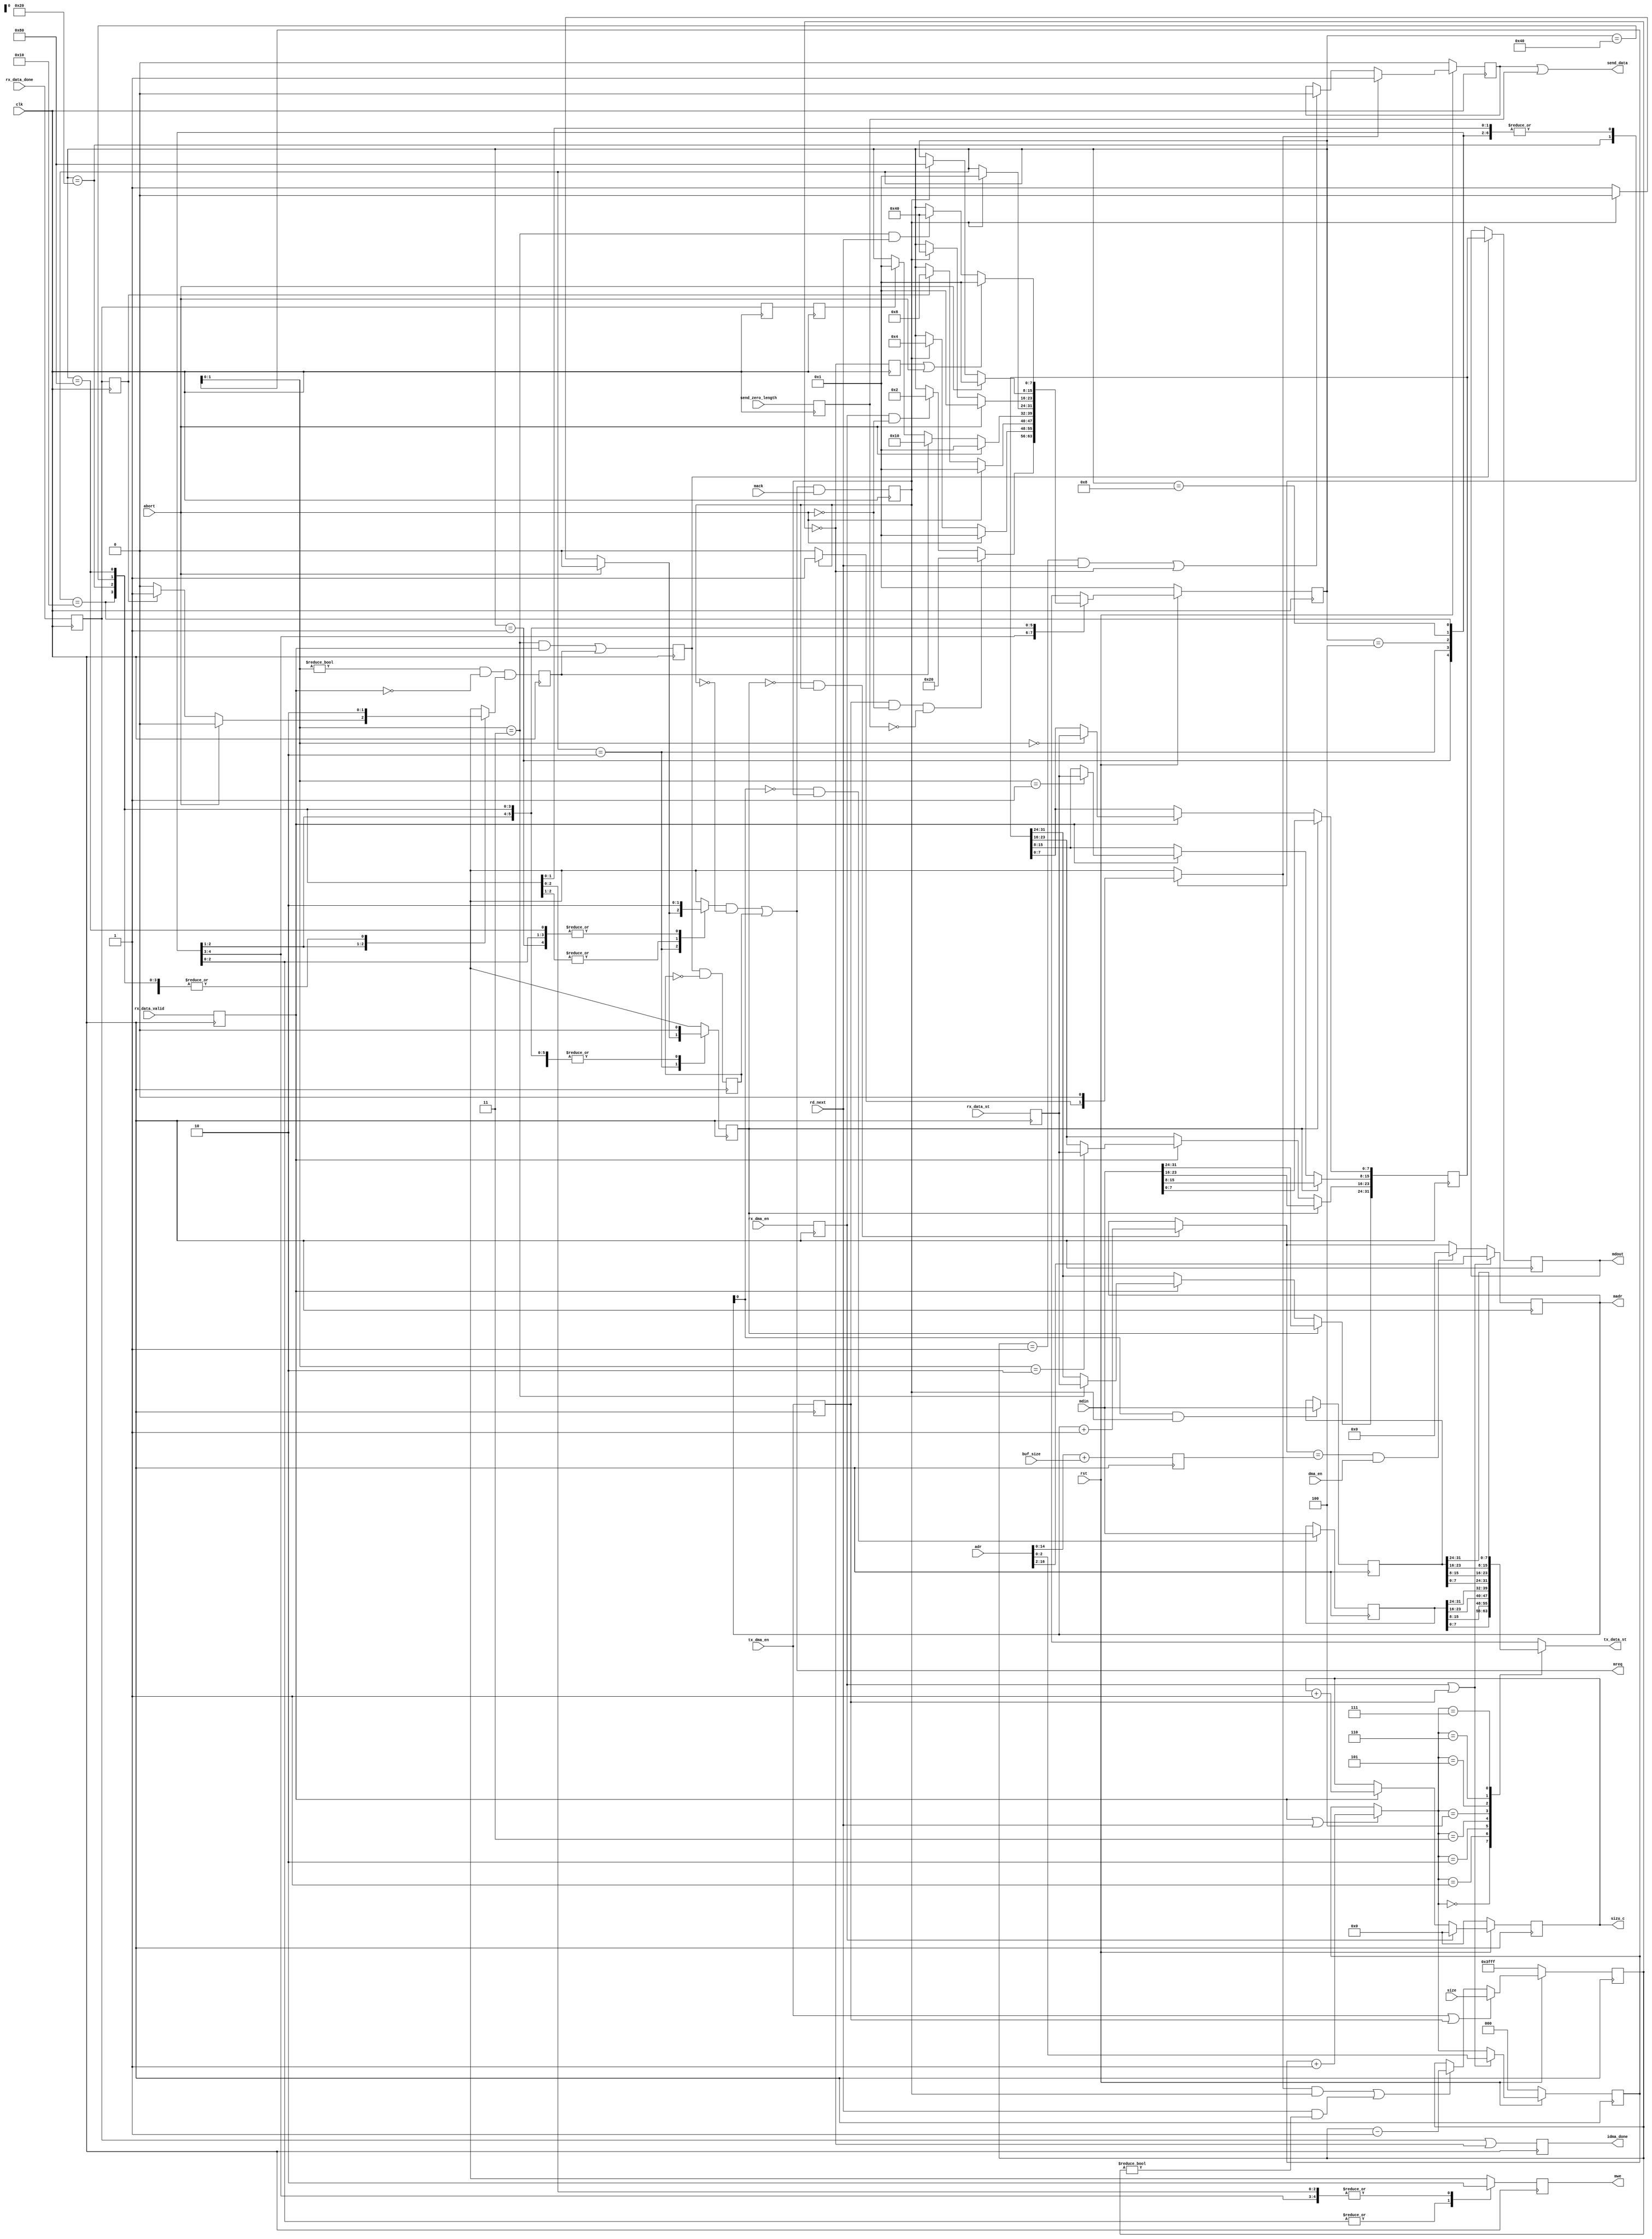
/////////////////////////////////////////////////////////////////////
////                                                             ////
////  Internal DMA Engine                                        ////
////                                                             ////
////                                                             ////
////          rudi@asics.ws                                      ////
////                                                             ////
////                                                             ////
////  Downloaded from: http://www.opencores.org/cores/usb/       ////
////                                                             ////
/////////////////////////////////////////////////////////////////////
////                                                             ////
//// Copyright (C) 2000-2003 Rudolf Usselmann                    ////
////                         www.asics.ws                        ////
////                         rudi@asics.ws                       ////
////                                                             ////
//// This source file may be used and distributed without        ////
//// restriction provided that this copyright statement is not   ////
//// removed from the file and that any derivative work contains ////
//// the original copyright notice and the associated disclaimer.////
////                                                             ////
////     THIS SOFTWARE IS PROVIDED ``AS IS'' AND WITHOUT ANY     ////
//// EXPRESS OR IMPLIED WARRANTIES, INCLUDING, BUT NOT LIMITED   ////
//// TO, THE IMPLIED WARRANTIES OF MERCHANTABILITY AND FITNESS   ////
//// FOR A PARTICULAR PURPOSE. IN NO EVENT SHALL THE AUTHOR      ////
//// OR CONTRIBUTORS BE LIABLE FOR ANY DIRECT, INDIRECT,         ////
//// INCIDENTAL, SPECIAL, EXEMPLARY, OR CONSEQUENTIAL DAMAGES    ////
//// (INCLUDING, BUT NOT LIMITED TO, PROCUREMENT OF SUBSTITUTE   ////
//// GOODS OR SERVICES; LOSS OF USE, DATA, OR PROFITS; OR        ////
//// BUSINESS INTERRUPTION) HOWEVER CAUSED AND ON ANY THEORY OF  ////
//// LIABILITY, WHETHER IN  CONTRACT, STRICT LIABILITY, OR TORT  ////
//// (INCLUDING NEGLIGENCE OR OTHERWISE) ARISING IN ANY WAY OUT  ////
//// OF THE USE OF THIS SOFTWARE, EVEN IF ADVISED OF THE         ////
//// POSSIBILITY OF SUCH DAMAGE.                                 ////
////                                                             ////
/////////////////////////////////////////////////////////////////////

//  CVS Log
//
//  $Id: usbf_idma.v,v 1.8 2003-10-17 02:36:57 rudi Exp $
//
//  $Date: 2003-10-17 02:36:57 $
//  $Revision: 1.8 $
//  $Author: rudi $
//  $Locker:  $
//  $State: Exp $
//
// Change History:
//               $Log: not supported by cvs2svn $
//               Revision 1.7  2001/11/04 12:22:45  rudi
//
//               - Fixed previous fix (brocke something else ...)
//               - Majore Synthesis cleanup
//
//               Revision 1.6  2001/11/03 03:26:22  rudi
//
//               - Fixed several interrupt and error condition reporting bugs
//
//               Revision 1.5  2001/09/24 01:15:28  rudi
//
//               Changed reset to be active high async.
//
//               Revision 1.4  2001/09/23 08:39:33  rudi
//
//               Renamed DEBUG and VERBOSE_DEBUG to USBF_DEBUG and USBF_VERBOSE_DEBUG ...
//
//               Revision 1.3  2001/09/19 14:38:57  rudi
//
//               Fixed TxValid handling bug.
//
//               Revision 1.2  2001/09/13 13:14:02  rudi
//
//               Fixed a problem that would sometimes prevent the core to come out of
//               reset and immediately be operational ...
//
//               Revision 1.1  2001/08/03 05:30:09  rudi
//
//
//               1) Reorganized directory structure
//
//               Revision 1.2  2001/03/31 13:00:51  rudi
//
//               - Added Core configuration
//               - Added handling of OUT packets less than MAX_PL_SZ in DMA mode
//               - Modified WISHBONE interface and sync logic
//               - Moved SSRAM outside the core (added interface)
//               - Many small bug fixes ...
//
//               Revision 1.0  2001/03/07 09:17:12  rudi
//
//
//               Changed all revisions to revision 1.0. This is because OpenCores CVS
//               interface could not handle the original '0.1' revision ....
//
//               Revision 0.1.0.1  2001/02/28 08:10:50  rudi
//               Initial Release
//
//                            

// `include "usbf_defines.v"


/////////////////////////////////////////////////////////////////////
////                                                             ////
////  USB function defines file                                  ////
////                                                             ////
////                                                             ////
////          rudi@asics.ws                                      ////
////                                                             ////
////                                                             ////
////  Downloaded from: http://www.opencores.org/cores/usb/       ////
////                                                             ////
/////////////////////////////////////////////////////////////////////
////                                                             ////
//// Copyright (C) 2000-2003 Rudolf Usselmann                    ////
////                         www.asics.ws                        ////
////                         rudi@asics.ws                       ////
////                                                             ////
//// This source file may be used and distributed without        ////
//// restriction provided that this copyright statement is not   ////
//// removed from the file and that any derivative work contains ////
//// the original copyright notice and the associated disclaimer.////
////                                                             ////
////     THIS SOFTWARE IS PROVIDED ``AS IS'' AND WITHOUT ANY     ////
//// EXPRESS OR IMPLIED WARRANTIES, INCLUDING, BUT NOT LIMITED   ////
//// TO, THE IMPLIED WARRANTIES OF MERCHANTABILITY AND FITNESS   ////
//// FOR A PARTICULAR PURPOSE. IN NO EVENT SHALL THE AUTHOR      ////
//// OR CONTRIBUTORS BE LIABLE FOR ANY DIRECT, INDIRECT,         ////
//// INCIDENTAL, SPECIAL, EXEMPLARY, OR CONSEQUENTIAL DAMAGES    ////
//// (INCLUDING, BUT NOT LIMITED TO, PROCUREMENT OF SUBSTITUTE   ////
//// GOODS OR SERVICES; LOSS OF USE, DATA, OR PROFITS; OR        ////
//// BUSINESS INTERRUPTION) HOWEVER CAUSED AND ON ANY THEORY OF  ////
//// LIABILITY, WHETHER IN  CONTRACT, STRICT LIABILITY, OR TORT  ////
//// (INCLUDING NEGLIGENCE OR OTHERWISE) ARISING IN ANY WAY OUT  ////
//// OF THE USE OF THIS SOFTWARE, EVEN IF ADVISED OF THE         ////
//// POSSIBILITY OF SUCH DAMAGE.                                 ////
////                                                             ////
/////////////////////////////////////////////////////////////////////

//  CVS Log
//
//  $Id: usbf_defines.v,v 1.6 2003-10-17 02:36:57 rudi Exp $
//
//  $Date: 2003-10-17 02:36:57 $
//  $Revision: 1.6 $
//  $Author: rudi $
//  $Locker:  $
//  $State: Exp $
//
// Change History:
//               $Log: not supported by cvs2svn $
//               Revision 1.5  2001/11/04 12:22:43  rudi
//
//               - Fixed previous fix (brocke something else ...)
//               - Majore Synthesis cleanup
//
//               Revision 1.4  2001/09/23 08:39:33  rudi
//
//               Renamed DEBUG and VERBOSE_DEBUG to USBF_DEBUG and USBF_VERBOSE_DEBUG ...
//
//               Revision 1.3  2001/09/13 13:14:02  rudi
//
//               Fixed a problem that would sometimes prevent the core to come out of
//               reset and immediately be operational ...
//
//               Revision 1.2  2001/08/10 08:48:33  rudi
//
//               - Changed IO names to be more clear.
//               - Uniquifyed define names to be core specific.
//
//               Revision 1.1  2001/08/03 05:30:09  rudi
//
//
//               1) Reorganized directory structure
//
//               Revision 1.2  2001/03/31 13:00:52  rudi
//
//               - Added Core configuration
//               - Added handling of OUT packets less than MAX_PL_SZ in DMA mode
//               - Modified WISHBONE interface and sync logic
//               - Moved SSRAM outside the core (added interface)
//               - Many small bug fixes ...
//
//               Revision 1.0  2001/03/07 09:17:12  rudi
//
//
//               Changed all revisions to revision 1.0. This is because OpenCores CVS
//               interface could not handle the original '0.1' revision ....
//
//               Revision 0.2  2001/03/07 09:08:13  rudi
//
//               Added USB control signaling (Line Status) block. Fixed some minor
//               typos, added resume bit and signal.
//
//               Revision 0.1.0.1  2001/02/28 08:11:35  rudi
//               Initial Release
//
//

`timescale 1ns / 10ps

// Uncomment the lines below to get various levels of debugging
// verbosity ...
//`define USBF_DEBUG
//`define USBF_VERBOSE_DEBUG

// Uncomment the line below to run the test bench
// Comment it out to use your own address parameters ...
//`define USBF_TEST_IMPL

// For each endpoint that should actually be instantiated,
// set the below define value to a one. Uncomment the define
// statement for unused endpoints. The endpoints should be
// sequential, e.q. 1,2,3. I have not tested what happens if
// you select endpoints in a non sequential manner e.g. 1,4,6
// Actual (logical) endpoint IDs are set by the software. There
// is no correlation between the physical endpoint number (below)
// and the actual (logical) endpoint number.
// `ifdef USBF_TEST_IMPL
// 		// Do not modify this section
// 		// this is to run the test bench
// 		`define	USBF_HAVE_EP1	1
// 		`define	USBF_HAVE_EP2	1
// 		`define	USBF_HAVE_EP3	1
// `else
// 		// Modify this section to suit your implementation
// 		`define	USBF_HAVE_EP1	1
// 		`define	USBF_HAVE_EP2	1
// 		`define	USBF_HAVE_EP3	1
// 		//`define	USBF_HAVE_EP4	1
// 		//`define	USBF_HAVE_EP5	1
// 		//`define	USBF_HAVE_EP6	1
// 		//`define	USBF_HAVE_EP7	1
// 		//`define	USBF_HAVE_EP8	1
// 		//`define	USBF_HAVE_EP9	1
// 		//`define	USBF_HAVE_EP10	1
// 		//`define	USBF_HAVE_EP11	1
// 		//`define	USBF_HAVE_EP12	1
// 		//`define	USBF_HAVE_EP13	1
// 		//`define	USBF_HAVE_EP14	1
// 		//`define	USBF_HAVE_EP15	1
// `endif


// Highest address line number that goes to the USB core
// Typically only A0 through A17 are needed, where A17
// selects between the internal buffer memory and the
// register file.
// Implementations may choose to have a more complex address
// decoding ....

// `ifdef USBF_TEST_IMPL
// 		// Do not modify this section
// 		// this is to run the test bench
// 		`define USBF_UFC_HADR	17
// 		`define USBF_RF_SEL	(!wb_addr_i[17])
// 		`define USBF_MEM_SEL	(wb_addr_i[17])
// 		`define USBF_SSRAM_HADR	14
// 		//`define USBF_ASYNC_RESET
// 
// `else
// 		// Modify this section to suit your implementation
// 		`define USBF_UFC_HADR	12
// 		// Address Decoding for Register File select
// 		`define USBF_RF_SEL	(!wb_addr_i[12])
// 		// Address Decoding for Buffer Memory select
// 		`define USBF_MEM_SEL	(wb_addr_i[12])
// 		`define USBF_SSRAM_HADR	9
// 		// The next statement determines if reset is async or sync.
// 		// If the define is uncommented the reset will be ASYNC.
// 		//`define USBF_ASYNC_RESET
// `endif
// 

/////////////////////////////////////////////////////////////////////
//
// Items below this point should NOT be modified by the end user
// UNLESS you know exactly what you are doing !
// Modify at you own risk !!!
//
/////////////////////////////////////////////////////////////////////

//// PID Encodings
//`define USBF_T_PID_OUT		4'b0001
//`define USBF_T_PID_IN		4'b1001
//`define USBF_T_PID_SOF		4'b0101
//`define USBF_T_PID_SETUP	4'b1101
//`define USBF_T_PID_DATA0	4'b0011
//`define USBF_T_PID_DATA1	4'b1011
//`define USBF_T_PID_DATA2	4'b0111
//`define USBF_T_PID_MDATA	4'b1111
//`define USBF_T_PID_ACK		4'b0010
//`define USBF_T_PID_NACK		4'b1010
//`define USBF_T_PID_STALL	4'b1110
//`define USBF_T_PID_NYET		4'b0110
//`define USBF_T_PID_PRE		4'b1100
//`define USBF_T_PID_ERR		4'b1100
//`define USBF_T_PID_SPLIT	4'b1000
//`define USBF_T_PID_PING		4'b0100
//`define USBF_T_PID_RES		4'b0000
//
//// The HMS_DEL is a constant for the "Half Micro Second"
//// Clock pulse generator. This constant specifies how many
//// Phy clocks there are between two hms_clock pulses. This
//// constant plus 2 represents the actual delay.
//// Example: For a 60 Mhz (16.667 nS period) Phy Clock, the
//// delay must be 30 phy clocks: 500ns / 16.667nS = 30 clocks
//`define USBF_HMS_DEL		5'h1c
//
//// After sending Data in response to an IN token from host, the
//// host must reply with an ack. The host has 622nS in Full Speed
//// mode and 400nS in High Speed mode to reply. RX_ACK_TO_VAL_FS
//// and RX_ACK_TO_VAL_HS are the numbers of UTMI clock cycles
//// minus 2 for Full and High Speed modes.
//`define USBF_RX_ACK_TO_VAL_FS	8'd36
//`define USBF_RX_ACK_TO_VAL_HS	8'd22
//
//
//// After sending an OUT token the host must send a data packet.
//// The host has 622nS in Full Speed mode and 400nS in High Speed
//// mode to send the data packet.
//// TX_DATA_TO_VAL_FS and TX_DATA_TO_VAL_HS are is the numbers of
//// UTMI clock cycles minus 2.
//`define USBF_TX_DATA_TO_VAL_FS	8'd36
//`define USBF_TX_DATA_TO_VAL_HS	8'd22
//
//
//// --------------------------------------------------
//// USB Line state & Speed Negotiation Time Values
//
//
// Prescaler Clear value.
// The prescaler generates a 0.25uS pulse, from a nominal PHY clock of
// 60 Mhz. 250nS/16.667ns=15. The prescaler has to be cleared every 15
// cycles. Due to the pipeline, subtract 2 from 15, resulting in 13 cycles.
// !!! This is the only place that needs to be changed if a PHY with different
// // !!! clock output is used.
// `define	USBF_T1_PS_250_NS	4'd13
// 
// // uS counter representation of 2.5uS (2.5/0.25=10)
// `define	USBF_T1_C_2_5_US	8'd10
// 
// // uS counter clear value
// // The uS counter counts the time in 0.25uS intervals. It also generates
// // a count enable to the mS counter, every 62.5 uS.
// // The clear value is 62.5uS/0.25uS=250 cycles.
// `define USBF_T1_C_62_5_US	8'd250
// 
// // mS counter representation of 3.0mS (3.0/0.0625=48)
// `define USBF_T1_C_3_0_MS	8'd48
// 
// // mS counter representation of 3.125mS (3.125/0.0625=50)
// `define USBF_T1_C_3_125_MS	8'd50
// 
// // mS counter representation of 5mS (5/0.0625=80)
// `define USBF_T1_C_5_MS		8'd80
// 
// // Multi purpose Counter Prescaler, generate 2.5 uS period
// // 2500/16.667ns=150 (minus 2 for pipeline)
// `define	USBF_T2_C_2_5_US	8'd148
// 
// // Generate 0.5mS period from the 2.5 uS clock
// // 500/2.5 = 200
// `define	USBF_T2_C_0_5_MS	8'd200
// 
// // Indicate when internal wakeup has completed
// // me_cnt counts 0.5 mS intervals. E.g.: 5.0mS are (5/0.5) 10 ticks
// // Must be 0 =< 10 mS
// `define USBF_T2_C_WAKEUP	8'd10
// 
// // Indicate when 100uS have passed
// // me_ps2 counts 2.5uS intervals. 100uS are (100/2.5) 40 ticks
// `define USBF_T2_C_100_US	8'd40
// 
// // Indicate when 1.0 mS have passed
// // me_cnt counts 0.5 mS intervals. 1.0mS are (1/0.5) 2 ticks
// `define USBF_T2_C_1_0_MS	8'd2
// 
// // Indicate when 1.2 mS have passed
// // me_cnt counts 0.5 mS intervals. 1.2mS are (1.2/0.5) 2 ticks
// `define USBF_T2_C_1_2_MS	8'd2
// 
// // Indicate when 100 mS have passed
// // me_cnt counts 0.5 mS intervals. 100mS are (100/0.5) 200 ticks
// // `define USBF_T2_C_100_MS	8'd200



module usbf_idma(	clk, rst,

		// Packet Disassembler/Assembler interface
		rx_data_st, rx_data_valid, rx_data_done, 
		send_data, tx_data_st, rd_next,

		// Protocol Engine
		rx_dma_en, tx_dma_en,
		abort, idma_done,
		buf_size, dma_en,
		send_zero_length,

		// Register File Manager Interface
		adr, size, sizu_c,

		// Memory Arb interface
		madr, mdout, mdin, mwe, mreq, mack
		);

parameter	SSRAM_HADR = 14;

// Packet Disassembler/Assembler interface
input		clk, rst;
input	[7:0]	rx_data_st;
input		rx_data_valid;
input		rx_data_done;
output		send_data;
output	[7:0]	tx_data_st;
input		rd_next;

// Protocol Engine
input		rx_dma_en;	// Allows the data to be stored
input		tx_dma_en;	// Allows for data to be retrieved
input		abort;		// Abort Transfer (time_out, crc_err or rx_error)
output		idma_done;	// DMA is done
input	[13:0]	buf_size;	// Actual buffer size
input		dma_en;		// External DMA enabled
input		send_zero_length;

// Register File Manager Interface
input	[SSRAM_HADR + 2:0]	adr;	// Byte Address
input	[13:0]	size;		// Size in bytes
output	[10:0]	sizu_c;		// Up and Down counting size registers, used to update

// Memory Arb interface
output	[SSRAM_HADR:0]	madr;	// word address
output	[31:0]	mdout;
input	[31:0]	mdin;
output		mwe;
output		mreq;
input		mack;

///////////////////////////////////////////////////////////////////
//
// Local Wires and Registers
//

parameter	[7:0]	// synopsys enum state
		IDLE		= 8'b00000001,
		WAIT_MRD	= 8'b00000010,
		MEM_WR		= 8'b00000100,
		MEM_WR1		= 8'b00001000,
		MEM_WR2		= 8'b00010000,
		MEM_RD1		= 8'b00100000,
		MEM_RD2		= 8'b01000000,
		MEM_RD3		= 8'b10000000;

reg	[7:0]	/* synopsys enum state */ state, next_state;
// synopsys state_vector state

reg		tx_dma_en_r, rx_dma_en_r;

reg	[SSRAM_HADR:0]	adr_cw;		// Internal word address counter
reg	[2:0]	adr_cb;			// Internal byte address counter
reg	[SSRAM_HADR:0]	adrw_next;	// next address
reg	[SSRAM_HADR:0]	adrw_next1;	// next address (after overrun check)
reg	[SSRAM_HADR:0]	last_buf_adr;	// Last Buffer Address
reg	[2:0]	adrb_next;		// next byte address
reg	[13:0]	sizd_c;			// Internal size counter
reg	[10:0]	sizu_c;			// Internal size counter
wire		adr_incw;
wire		adr_incb;
wire		siz_dec;
wire		siz_inc;

reg		word_done;		// Indicates that a word has been
					// assembled
reg		mreq_d;			// Memory request from State Machine
reg	[31:0]	dtmp_r;			// Temp data assembly register
reg	[31:0]	dout_r;			// Data output register
reg		mwe_d;			// Memory Write enable
reg		dtmp_sel;		// Selects tmp data register for pre-fetch

reg		sizd_is_zero;		// Indicates when all bytes have been
					// transferred
wire		sizd_is_zero_d;

reg	[7:0]	tx_data_st;		// Data output to packet assembler
reg	[31:0]	rd_buf0, rd_buf1;	// Mem Rd. buffers for TX
reg		rd_first;		// Indicates initial fill of buffers

reg		idma_done;		// DMA transfer is done

reg		mack_r;
wire		send_data;		// Enable UTMI Transmitter
reg		send_data_r;

reg		word_done_r;
reg		wr_last;
reg		wr_last_en;
reg		wr_done;
reg		wr_done_r;
reg		dtmp_sel_r;
reg		mwe;
reg		rx_data_done_r2;
wire		fill_buf0, fill_buf1;
wire		adrb_is_3;

reg		rx_data_done_r;
reg		rx_data_valid_r;
reg	[7:0]	rx_data_st_r;

reg		send_zero_length_r;

///////////////////////////////////////////////////////////////////
//
// Memory Arb interface
//

// Memory Request
assign mreq = (mreq_d & !mack_r) | word_done_r;

// Output Data
assign mdout = dout_r;

// Memory Address
assign madr = adr_cw;

always@(posedge clk)
	mwe <= mwe_d;

always@(posedge clk)
	mack_r <= mreq & mack;

///////////////////////////////////////////////////////////////////
//
// Misc Logic
//

always@(posedge clk)
	rx_data_valid_r <= rx_data_valid;

always@(posedge clk)
	rx_data_st_r <= rx_data_st;

always@(posedge clk)
	rx_data_done_r <= rx_data_done;

always@(posedge clk)
	rx_data_done_r2 <= rx_data_done_r;

// Generate one cycle pulses for tx and rx dma enable
always@(posedge clk)
	tx_dma_en_r <= tx_dma_en;

always@(posedge clk)
	rx_dma_en_r <= rx_dma_en;

always@(posedge clk)
	send_zero_length_r <= send_zero_length;

// address counter
always@(posedge clk)
	if(rx_dma_en_r || tx_dma_en_r)	adr_cw <= adr[SSRAM_HADR + 2:2];
	else				adr_cw <= adrw_next1;

always@(posedge clk)
	last_buf_adr <= adr + { {SSRAM_HADR+2-13{1'b0}}, buf_size };

always@(dma_en or adrw_next or last_buf_adr)
	if(adrw_next == last_buf_adr && dma_en)	adrw_next1 = {SSRAM_HADR+1{1'b0}};
	else					adrw_next1 = adrw_next;

always@(adr_incw or adr_cw)
	if(adr_incw)	adrw_next = adr_cw + {{SSRAM_HADR{1'b0}}, 1'b1};
	else		adrw_next = adr_cw;


always@(posedge clk)
	if(!rst)			adr_cb <= 3'h0;
	else
	if(rx_dma_en_r || tx_dma_en_r)	adr_cb <= adr[2:0];
	else				adr_cb <= adrb_next;

always@(adr_incb or adr_cb)
	if(adr_incb)	adrb_next = adr_cb + 3'h1;
	else		adrb_next = adr_cb;

assign adr_incb = rx_data_valid_r | rd_next;
assign adr_incw = !dtmp_sel_r & mack_r;

// Size Counter (counting backward from input size)

always@(posedge clk)
	if(!rst)			sizd_c <= 14'h3fff;
	else
	if(tx_dma_en || tx_dma_en_r)	sizd_c <= size;
	else
	if(siz_dec)			sizd_c <= sizd_c - 14'h1;

assign siz_dec = (rd_first & mack_r) | (rd_next & (sizd_c != 14'h0));

assign sizd_is_zero_d = sizd_c == 14'h0;

always@(posedge clk)
	sizd_is_zero <= sizd_is_zero_d;

// Size Counter (counting up from zero)
always@(posedge clk)
	if(!rst)		sizu_c <= 11'h0;
	else
	// Do I need to add "abort" in the next line ???
	if(rx_dma_en_r)		sizu_c <= 11'h0;
	else
	if(siz_inc)		sizu_c <= sizu_c + 11'h1;

assign siz_inc = rx_data_valid_r;

// DMA Done Indicator
always@(posedge clk)
	idma_done <= (rx_data_done_r | sizd_is_zero_d); // & !tx_dma_en;

///////////////////////////////////////////////////////////////////
//
// RX Logic
//

always@(posedge clk)
	dtmp_sel_r <= dtmp_sel;

// Memory data input
always@(posedge clk)
	if(dtmp_sel_r)			dtmp_r <= mdin;
	else
	if(rx_data_valid_r)
	   begin
		if(adr_cb[1:0] == 2'h0)	dtmp_r[07:00] <= rx_data_st_r;
		if(adr_cb[1:0] == 2'h1)	dtmp_r[15:08] <= rx_data_st_r;
		if(adr_cb[1:0] == 2'h2)	dtmp_r[23:16] <= rx_data_st_r;
		if(adr_cb[1:0] == 2'h3)	dtmp_r[31:24] <= rx_data_st_r;
	   end

always@(posedge clk)
	word_done <= ((adr_cb[1:0] == 2'h3) & rx_data_valid_r) | wr_last;

always@(posedge clk)
	word_done_r <= word_done & !word_done_r;

// Store output data and address when we got a word
always@(posedge clk)
	if(word_done)	dout_r <= dtmp_r;

always@(posedge clk)
	wr_last <= (adr_cb[1:0] != 2'h0) & !rx_data_valid_r & wr_last_en;

always@(posedge clk)
	wr_done_r <= rx_data_done_r;

always@(posedge clk)
	wr_done <= wr_done_r;

///////////////////////////////////////////////////////////////////
//
// TX Logic
//

// Fill TX Buffers
always@(posedge clk)
	if(fill_buf0)	rd_buf0 <= mdin;

always@(posedge clk)
	if(fill_buf1)	rd_buf1 <= mdin;

always@(adrb_next or rd_buf0 or rd_buf1)
	case(adrb_next[2:0])	// synopsys full_case parallel_case
	   3'h0: tx_data_st = rd_buf0[07:00];
	   3'h1: tx_data_st = rd_buf0[15:08];
	   3'h2: tx_data_st = rd_buf0[23:16];
	   3'h3: tx_data_st = rd_buf0[31:24];
	   3'h4: tx_data_st = rd_buf1[07:00];
	   3'h5: tx_data_st = rd_buf1[15:08];
	   3'h6: tx_data_st = rd_buf1[23:16];
	   3'h7: tx_data_st = rd_buf1[31:24];
	endcase

assign fill_buf0 = !adr_cw[0] & mack_r;
assign fill_buf1 =  adr_cw[0] & mack_r;

assign	adrb_is_3 = adr_cb[1:0] == 2'h3;

always@(posedge clk)
	if(!rst)		send_data_r <= 1'b0;
	else
	if(rd_first)		send_data_r <= 1'b1;
	else
	if(((sizd_c==14'h1) && rd_next) || sizd_is_zero_d)	send_data_r <= 1'b0;

assign send_data = send_data_r | send_zero_length_r;

///////////////////////////////////////////////////////////////////
//
// IDMA Load/Store State Machine
//

// store incoming data to memory until rx_data done
// First pre-fetch data from memory, so that bytes can be stuffed properly

always@(posedge clk)
	if(!rst)	state <= IDLE;
	else		state <= next_state;

always@(state or mack_r or abort or rx_dma_en_r or tx_dma_en_r or 
	sizd_is_zero or wr_last or wr_done or rx_data_done_r2 or 
	rd_next or adrb_is_3 or send_zero_length_r)
   begin
	next_state = state;	// Default do not change state
	mreq_d = 1'b0;
	mwe_d = 1'b0;
	rd_first = 1'b0;
	dtmp_sel = 1'b0;
	wr_last_en = 1'b0;

	case(state)	// synopsys full_case parallel_case
	   IDLE:
		   begin
// synopsys translate_on

			if(rx_dma_en_r && !abort)
			   begin
				next_state = WAIT_MRD;
			   end
			if(tx_dma_en_r && !abort && !send_zero_length_r)
			   begin
				next_state = MEM_RD1;
			   end
		   end

	   WAIT_MRD:	// Pre-fetch a word from memory
		   begin
			if(abort)	next_state = IDLE;
			else
			if(mack_r)	next_state = MEM_WR;
			else
			   begin
				dtmp_sel = 1'b1;
				mreq_d = 1'b1;
			   end
		   end

	   MEM_WR:
		   begin
			mwe_d = 1'b1;
			if(abort)			next_state = IDLE;
			else
			if(rx_data_done_r2)	
			   begin
				wr_last_en = 1'b1;
				next_state = MEM_WR1;
			   end

		   end
	   MEM_WR1:
		   begin

			mwe_d = 1'b1;
			wr_last_en = 1'b1;
			if(abort)			next_state = IDLE;
			else
			if(wr_last)			next_state = MEM_WR2;
			else
			if(wr_done)			next_state = IDLE;
		   end

	   MEM_WR2:
		   begin
			mwe_d = 1'b1;
			if(mack_r)			next_state = IDLE;
		   end

	   MEM_RD1:
		   begin
			mreq_d = 1'b1;
			if(mack_r)		rd_first = 1'b1;
			if(abort)		next_state = IDLE;
			else
			if(mack_r)		next_state = MEM_RD2;
		   end
	   MEM_RD2:
		   begin

			mreq_d = 1'b1;
			if(abort)		next_state = IDLE;
			else
			if(mack_r)		next_state = MEM_RD3;
		   end
	   MEM_RD3:
		   begin

			if(sizd_is_zero || abort)	next_state = IDLE;
			else
			if(adrb_is_3 && rd_next)	next_state = MEM_RD2;
		   end
	endcase

   end

endmodule